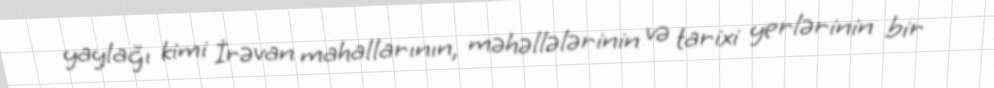
yaylağı kimi İrəvan mahallarının, məhəllələrinin və tarixi yerlərinin bir